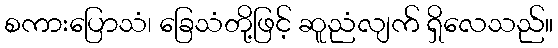
စကားပြောသံ၊ ခြေသံတို့ဖြင့် ဆူညံလျက် ရှိလေသည်။